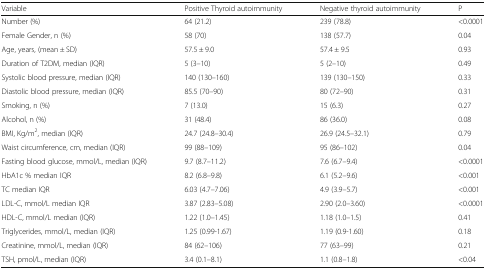
<table><thead><tr><td><b>Variable</b></td><td><b>Positive Thyroid autoimmunity</b></td><td><b>Negative thyroid autoimmunity</b></td><td><b>P</b></td></tr></thead><tbody><tr><td>Number (%)</td><td>64 (21.2)</td><td>239 (78.8)</td><td>&lt;0.0001</td></tr><tr><td>Female Gender, n (%)</td><td>58 (70)</td><td>138 (57.7)</td><td>0.04</td></tr><tr><td>Age, years, (mean ± SD)</td><td>57.5 ± 9.0</td><td>57.4 ± 9.5</td><td>0.93</td></tr><tr><td>Duration of T2DM, median (IQR)</td><td>5 (3–10)</td><td>5 (2–10)</td><td>0.49</td></tr><tr><td>Systolic blood pressure, median (IQR)</td><td>140 (130–160)</td><td>139 (130–150)</td><td>0.33</td></tr><tr><td>Diastolic blood pressure, median (IQR)</td><td>85.5 (70–90)</td><td>80 (72–90)</td><td>0.31</td></tr><tr><td>Smoking, n (%)</td><td>7 (13.0)</td><td>15 (6.3)</td><td>0.27</td></tr><tr><td>Alcohol, n (%)</td><td>31 (48.4)</td><td>86 (36.0)</td><td>0.08</td></tr><tr><td>BMI, Kg/m<sup>2</sup>, median (IQR)</td><td>24.7 (24.8–30.4)</td><td>26.9 (24.5–32.1)</td><td>0.79</td></tr><tr><td>Waist circumference, cm, median (IQR)</td><td>99 (88–109)</td><td>95 (86–102)</td><td>0.04</td></tr><tr><td>Fasting blood glucose, mmol/L, median (IQR)</td><td>9.7 (8.7–11.2)</td><td>7.6 (6.7–9.4)</td><td>&lt;0.0001</td></tr><tr><td>HbA1c % median IQR</td><td>8.2 (6.8–9.8)</td><td>6.1 (5.2–9.6)</td><td>&lt;0.001</td></tr><tr><td>TC median IQR</td><td>6.03 (4.7–7.06)</td><td>4.9 (3.9–5.7)</td><td>&lt;0.001</td></tr><tr><td>LDL-C, mmol/L median IQR</td><td>3.87 (2.83–5.08)</td><td>2.90 (2.0–3.60)</td><td>&lt;0.0001</td></tr><tr><td>HDL-C, mmol/L median (IQR)</td><td>1.22 (1.0–1.45)</td><td>1.18 (1.0–1.5)</td><td>0.41</td></tr><tr><td>Triglycerides, mmol/L, median (IQR)</td><td>1.25 (0.99-1.67)</td><td>1.19 (0.9-1.60)</td><td>0.18</td></tr><tr><td>Creatinine, mmol/L, median (IQR)</td><td>84 (62–106)</td><td>77 (63–99)</td><td>0.21</td></tr><tr><td>TSH, pmol/L, median (IQR)</td><td>3.4 (0.1–8.1)</td><td>1.1 (0.8–1.8)</td><td>&lt;0.04</td></tr></tbody></table>